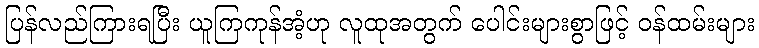
ပြန်လည်ကြားရပြီး ယူကြကုန်အံ့ဟု လူထုအတွက် ပေါင်းများစွာဖြင့် ဝန်ထမ်းများ